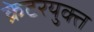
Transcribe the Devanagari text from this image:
क्रेटरयुक्त